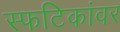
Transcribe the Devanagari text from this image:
स्फटिकांवर